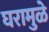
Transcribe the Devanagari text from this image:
घरामुळे